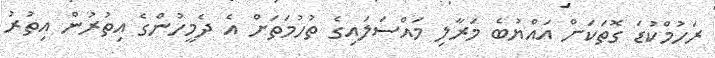
ރަހުމްކުޑަ ގޮތަކަށް އައްޔުބެ މަރާލި މައްސަލައިގެ ތުހުމަތަށް އެ ދެމީހުންގެ އިތުރުން އިތުރު